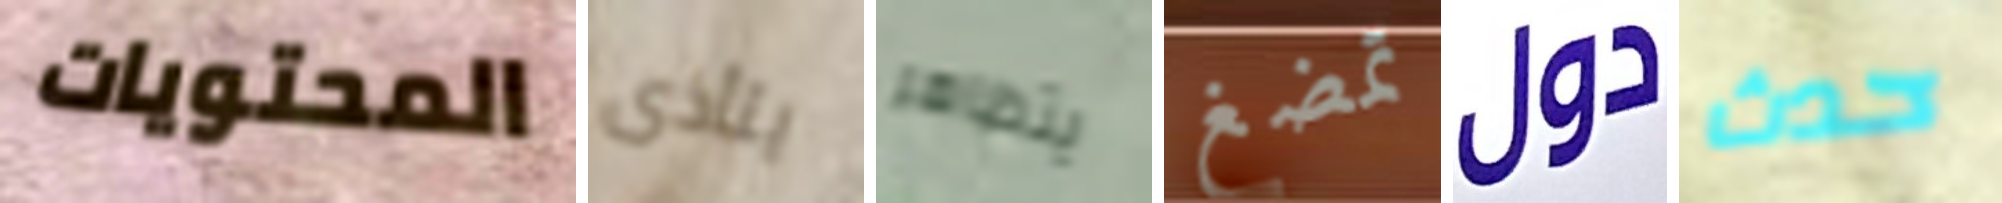
المحتويات يتأذى يتظاهر تمضغ دول حدث